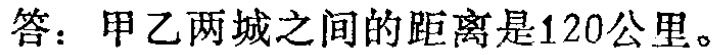
答：甲乙两城之间的距离是120公里。